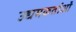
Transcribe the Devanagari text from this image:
उद्यमकर्ताओं